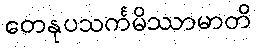
တေနုပသင်္ကမိဿာမာတိ